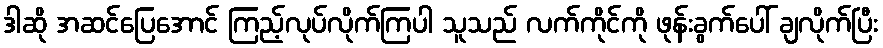
ဒါဆို အဆင်ပြေအောင် ကြည့်လုပ်လိုက်ကြပါ သူသည် လက်ကိုင်ကို ဖုန်းခွက်ပေါ် ချလိုက်ပြီး